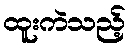
ထူးကဲသည့်